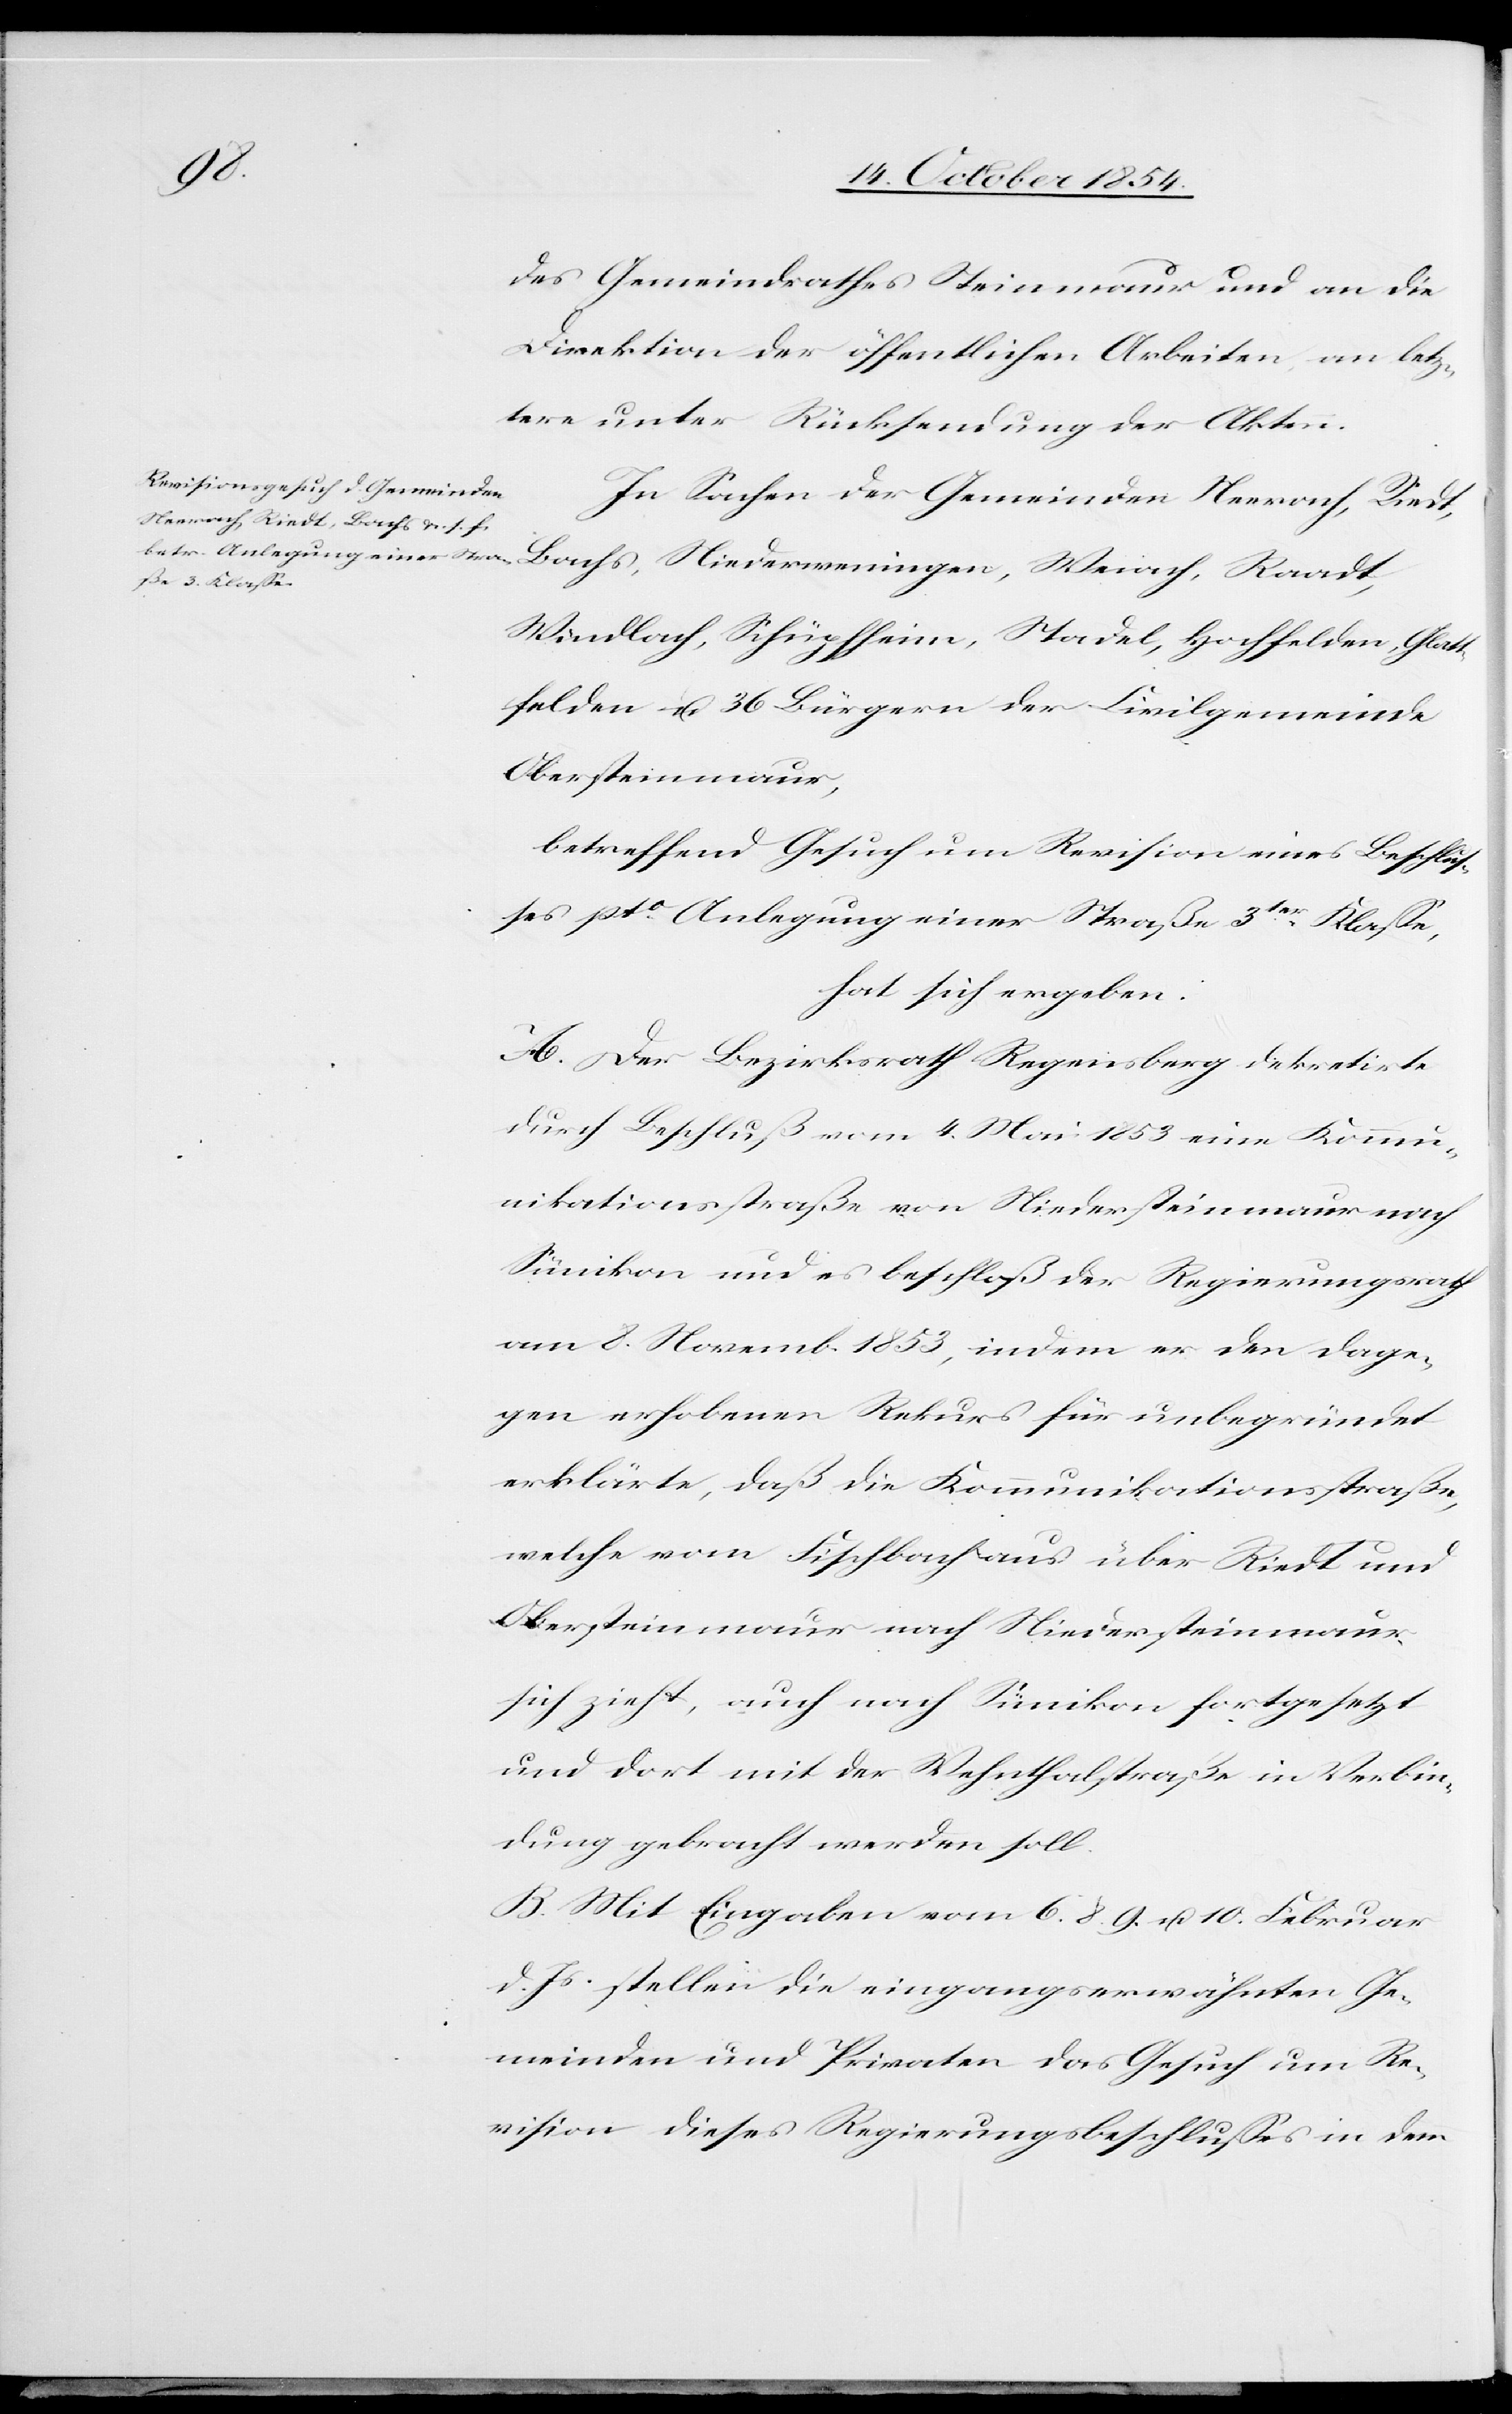
des Gemeindrathes Steinmaur und an die
Direktion der öffentlichen Arbeiten, an letz¬
tere unter Rücksendung der Akten.
In Sachen der Gemeinden Neerach, Riedt,
Bachs, Niederweningen, Weiach, Raadt,
Windlach, Schüpfheim, Stadel, Hochfelden, Glatt¬
felden u. 36 Bürgern der Civilgemeinde
Obersteinmaur,
betreffend Gesuch um Revision eines Beschlus¬
ses pto Anlegung einer Straße 3ter Klaße,
hat sich ergeben:
A. Der Bezirksrath Regensberg dekretirte
durch Beschluß vom 4. Mai 1853 eine Kommu¬
nikationsstraße von Niedersteinmaur nach
Sünikon und es beschloß der Regierungsrath
am 8. Novemb. 1853, indem er den dage¬
gen erhobenen Rekurs für unbegründet
erklärte, daß die Kommunikationsstraße,
welche vom Fischbach aus über Riedt und
Obersteinmaur nach Niedersteinmaur
sich zieht, auch nach Sünikon fortgesetzt
und dort mit der Wehntalstraße in Verbin¬
dung gebracht werden soll.
B. Mit Eingaben vom 6.[,] 8.[,] 9. u. 10. Februar
d. Js. stellen die eingangserwähnten Ge¬
meinden und Privaten das Gesuch um Re¬
vision dieses Regierungsbeschlußes in dem